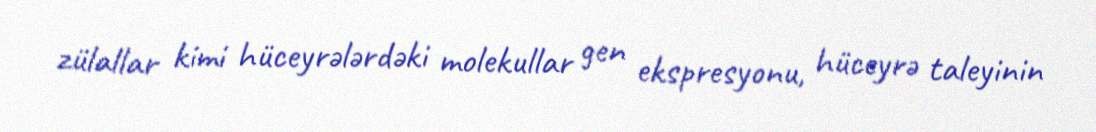
zülallar kimi hüceyrələrdəki molekullar gen ekspresyonu, hüceyrə taleyinin